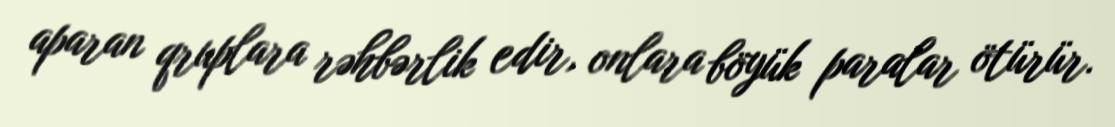
aparan qruplara rəhbərlik edir, onlara böyük paralar ötürür.